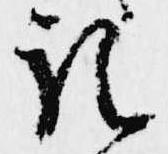
記